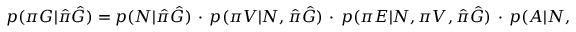
\begin{array} { r } { p ( \pi G | \hat { \pi } \hat { G } ) = p ( N | \hat { \pi } \hat { G } ) \, \cdot \, p ( \pi V | N , \hat { \pi } \hat { G } ) \, \cdot \, p ( \pi E | N , \pi V , \hat { \pi } \hat { G } ) \, \cdot \, p ( A | N , \pi V , \pi E , \hat { \pi } \hat { G } ) } \end{array}